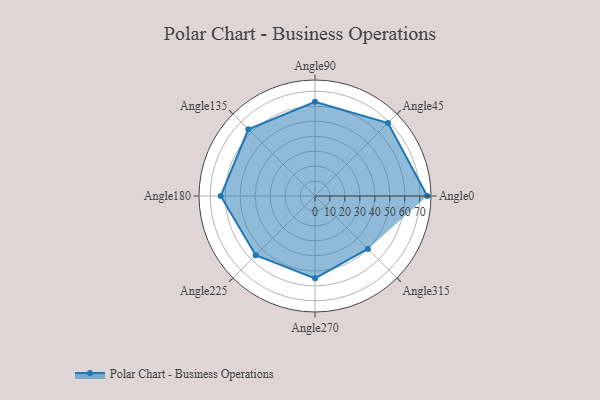
{"axis": {"x": "Angle", "y": "Radius"}, "legend": [""], "data": [{"x": "Angle0", "y": 75.0, "type": ""}, {"x": "Angle45", "y": 69.0, "type": ""}, {"x": "Angle90", "y": 63.0, "type": ""}, {"x": "Angle135", "y": 63.0, "type": ""}, {"x": "Angle180", "y": 63.0, "type": ""}, {"x": "Angle225", "y": 56.0, "type": ""}, {"x": "Angle270", "y": 55.0, "type": ""}, {"x": "Angle315", "y": 50, "type": ""}]}